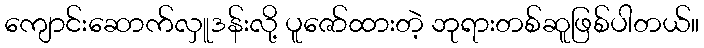
ကျောင်းဆောက်လှူဒန်းလို့ ပူဇော်ထားတဲ့ ဘုရားတစ်ဆူဖြစ်ပါတယ်။